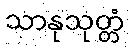
သာနုသုတ္တံ